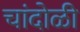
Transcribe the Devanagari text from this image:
चांदोळी